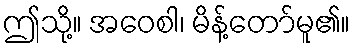
ဤသို့။ အဝေစါ၊ မိန့်တော်မူ၏။